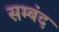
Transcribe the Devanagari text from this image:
सम्बंद